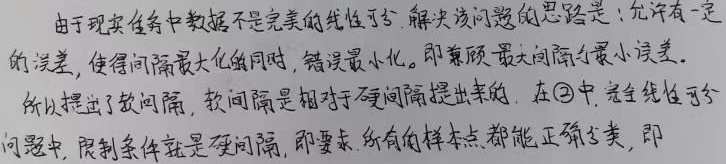
由于现实任务中数据不是完美的线性可分，解决该问题的思路是：允许有一定的误差，使得间隔最大化的同时，错误最小化。即兼顾最大间隔与最小误差。所以提出了软间隔，软间隔是相对于硬间隔提出来的，在\textcircled{2}中，线性可分问题中，限制条件就是硬间隔，即要求所有的样本点都能正确分类，即